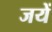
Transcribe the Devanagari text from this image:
जयें